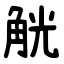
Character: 觥